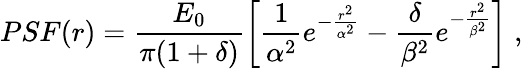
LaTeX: PSF(r)=\frac{E_{0}}{\pi(1+\delta)}\left[\frac{1}{\alpha^{2}}e^{-\frac{r^{2}}{\alpha^{2}}}-\frac{\delta}{\beta^{2}}e^{-\frac{r^{2}}{\beta^{2}}}\right]\; ,